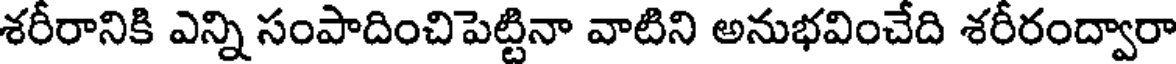
శరీరానికి ఎన్ని సంపాదించిపెట్టినా వాటిని అనుభవించేది శరీరంద్వారా